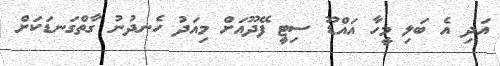
އަދި އެ ބަލި މީހާ އައްޑޫ ސިޓީ ފޭދޫއަށް މިއަދު ހެނދުނު ގާތްގަނޑަކަށް